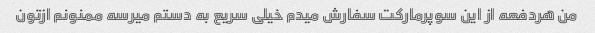
من هردفعه از این سوپرمارکت سفارش میدم خیلی سریع به دستم میرسه ممنونم ازتون